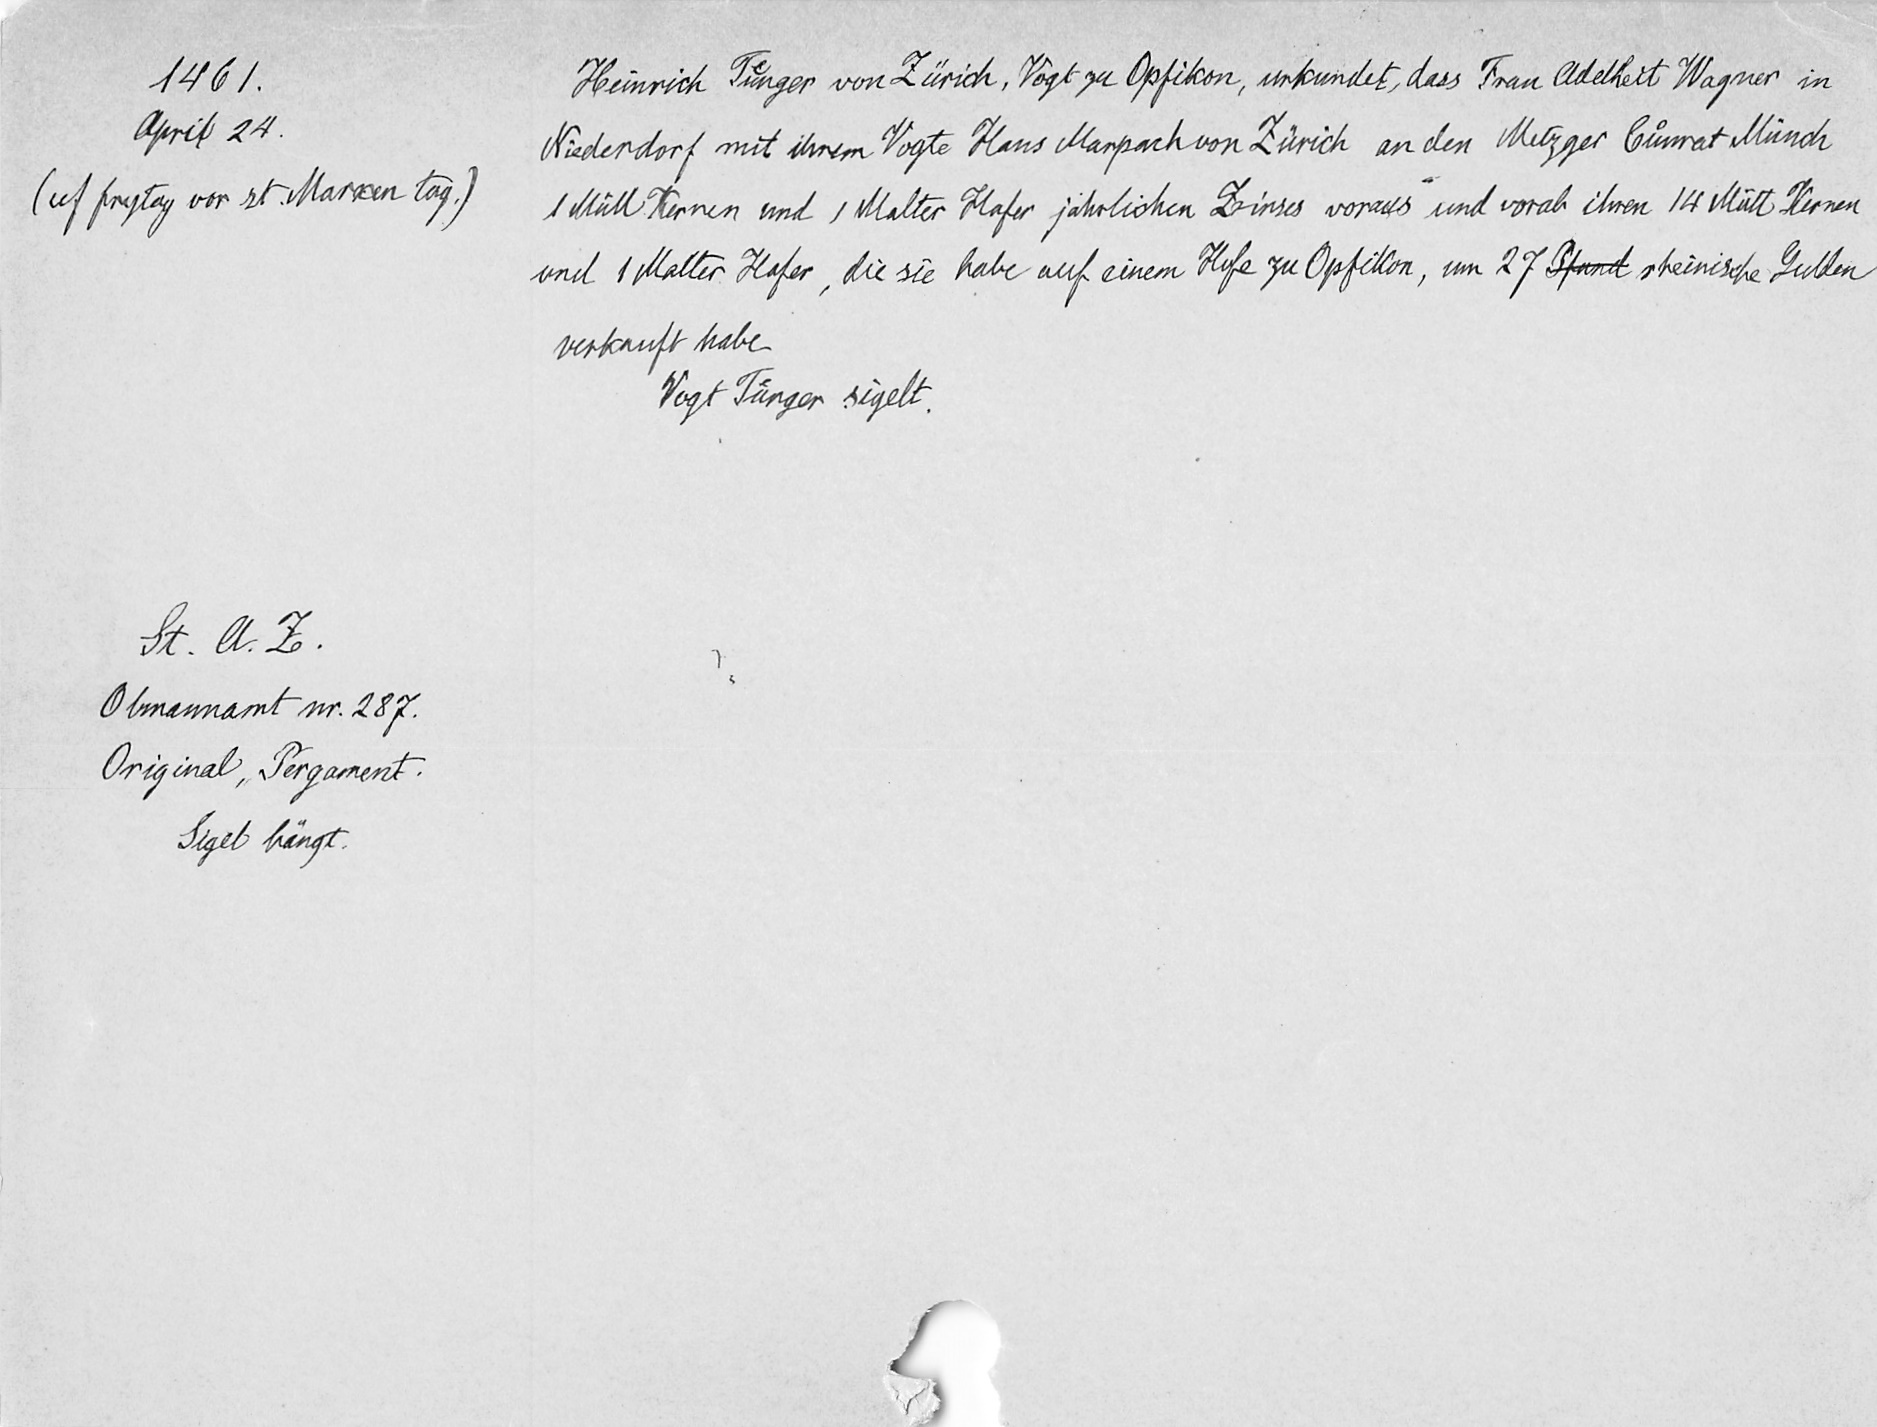
44 61
April 21.
(auf preyty vor ist Marcin lag,)
Sie Ob. 3
Ob lmemant im. 287.
Original, Pergament.
Sget bringt.

Heinrich Tuͤnger von Zürich, Vogt zu Opfitkon, urkundet, dass Frau Adelhleit Wagner in
Niederdorf mit ihrem Vogte Hans Marpach von Zürich an den Metzger Cuͦnrat Mündi
1 Mütt Kernen und 1 Malter Hafer jahrlichen Zinses voraus und vorab ihren 14 Mütt Kernen
und 1 Malter Hafer, die sie habe auf einem Hofe zu Opfikon , um 27 Pfund rheinische Gulden
verkauft habe
Vogt Tuͤnger sigelt.